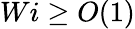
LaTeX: Wi\geq O(1)